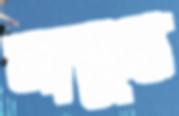
সাক্কুর